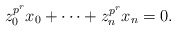
\begin{align*}z_0^{p^r}x_0+\cdots+z_n^{p^r}x_n=0.\end{align*}